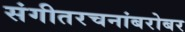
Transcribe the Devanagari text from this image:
संगीतरचनांबरोबर